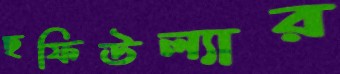
ছফিউল্যার